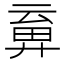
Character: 𢍞